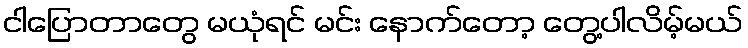
ငါပြောတာတွေ မယုံရင် မင်း နောက်တော့ တွေ့ပါလိမ့်မယ်